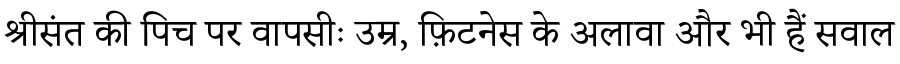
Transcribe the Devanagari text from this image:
श्रीसंत की पिच पर वापसीः उम्र, फ़िटनेस के अलावा और भी हैं सवाल